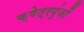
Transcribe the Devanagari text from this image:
क्षेत्रपुंजों